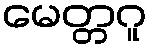
မေတ္တဂူ